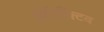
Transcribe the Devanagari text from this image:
इंटेरेक्टिव